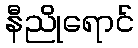
နီညိုရောင်